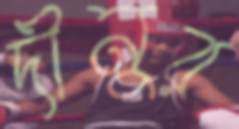
দীনুর